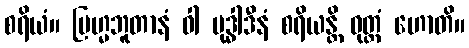
စရိယံ။ ဗြဟ္မဘူတာနံ ဝါ ဗုဒ္ဓါဒီနံ စရိယန္တိ ဝုတ္တံ ဟောတိ။